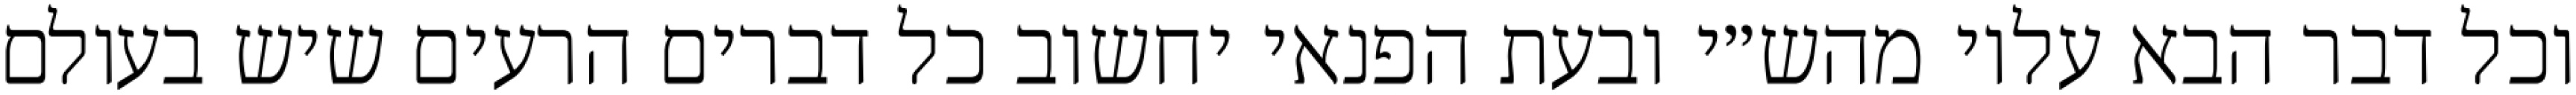
וכל דבר הבא עליו מהש״י ובעת הפנאי יחשוב כל דברים הרעים שיש בעולם